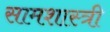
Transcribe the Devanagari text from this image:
सामशास्त्री